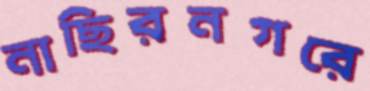
নাছিরনগরে